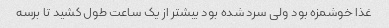
غذا خوشمزه بود ولی سرد شده بود بیشتر از یک ساعت طول کشید تا برسه